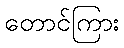
တောင်ကြား